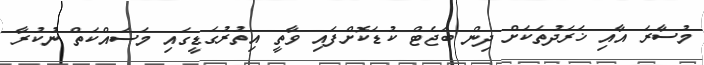
މުސާރަ އާއި ޚަރަދުތަކަށް ދިން ބަޖެޓް ކުޑަކޮށްފައި ވާތީ އިތުރުގަޑީގައި މަސައްކަތް ނުކުރާ